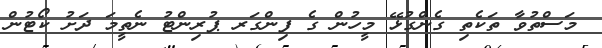
މަސްތުވާ ތަކެތި ގެންގުޅޭ މީހުން ގެ ފިންގަރ ޕުރިންޓު ނެތީމަ ދަށު ކޯޓުން